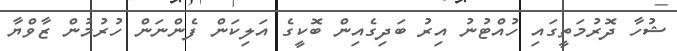
ޝުހާ ދޮރުމަތީގައި ހުއްޓުނު އިރު ބަދިގެއިން ބޮކީގެ އަލިކަން ފެންނަން ހުރުމުން ޒާވްޔާ